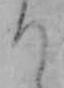
り